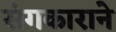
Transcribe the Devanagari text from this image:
संगकाराने